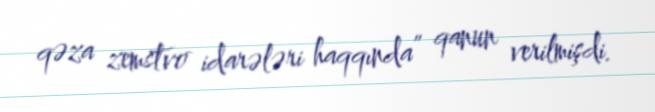
qəza zemstvo idarələri haqqında” qanun verilmişdi.